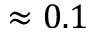
\approx 0 . 1